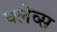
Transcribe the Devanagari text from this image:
क्लेव्स